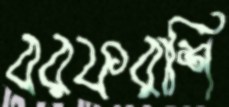
বরফরাশি